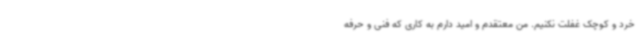
خرد و کوچک غفلت نکنیم. من معتقدم و امید دارم به کاری که فنی و حرفه